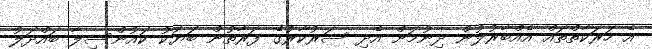
އެ ހަރަކާތްތައް އެއްބާރުލުން ދިނުމަށް އެދި ސަރުކާރުގެ ފަރާތުން ބަޔަކު ކައުންސިލާ ބައްދަލު